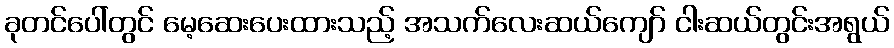
ခုတင်ပေါ်တွင် မေ့ဆေးပေးထားသည့် အသက်လေးဆယ်ကျော် ငါးဆယ်တွင်းအရွယ်